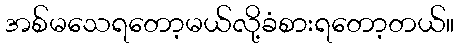
အစ်မသေရတော့မယ်လို့ခံစားရတော့တယ်။